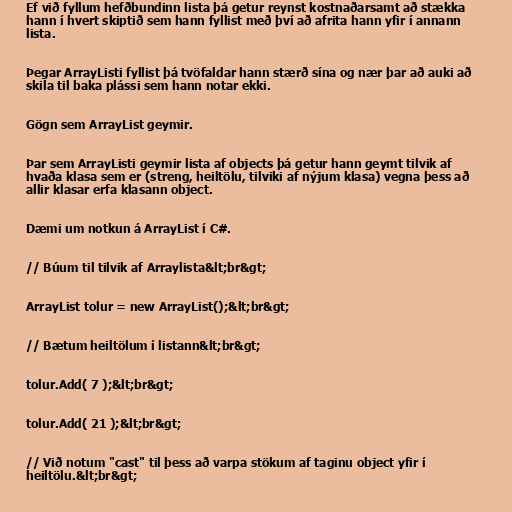
Ef við fyllum hefðbundinn lista þá getur reynst kostnaðarsamt að stækka
hann í hvert skiptið sem hann fyllist með því að afrita hann yfir í annann
lista.

Þegar ArrayListi fyllist þá tvöfaldar hann stærð sína og nær þar að auki að
skila til baka plássi sem hann notar ekki.

Gögn sem ArrayList geymir.

Þar sem ArrayListi geymir lista af objects þá getur hann geymt tilvik af
hvaða klasa sem er (streng, heiltölu, tilviki af nýjum klasa) vegna þess að
allir klasar erfa klasann object.

Dæmi um notkun á ArrayList í C#.

// Búum til tilvik af Arraylista&lt;br&gt;

ArrayList tolur = new ArrayList();&lt;br&gt;

// Bætum heiltölum í listann&lt;br&gt;

tolur.Add( 7 );&lt;br&gt;

tolur.Add( 21 );&lt;br&gt;

// Við notum "cast" til þess að varpa stökum af taginu object yfir í
heiltölu.&lt;br&gt;